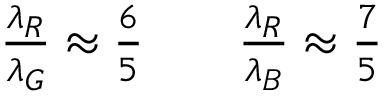
\begin{array} { r } { \frac { \lambda _ { R } } { \lambda _ { G } } \approx \frac { 6 } { 5 } \qquad \frac { \lambda _ { R } } { \lambda _ { B } } \approx \frac { 7 } { 5 } } \end{array}